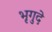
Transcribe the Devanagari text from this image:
भृगुदे